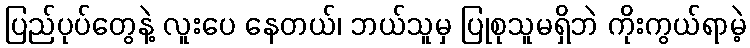
ပြည်ပုပ်တွေနဲ့ လူးပေ နေတယ်၊ ဘယ်သူမှ ပြုစုသူမရှိဘဲ ကိုးကွယ်ရာမဲ့